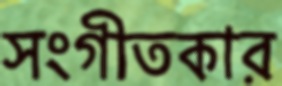
সংগীতকার